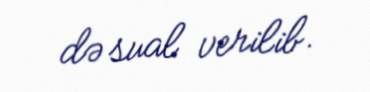
də sual verilib.